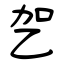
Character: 乫